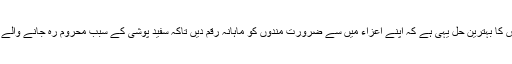
گداگری کی مذمت ضروری ہے اور اس کا بہترین حل یہی ہے کہ اپنے اعزاء میں سے ضرورت مندوں کو ماہانہ رقم دیں تاکہ سفید پوشی کے سبب محروم رہ جانے والے ضرورت مندوں کی حاجت پوری ہوں۔